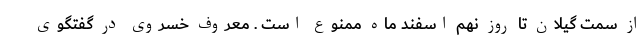
از سمت گیلان تا روز نهم اسفند ماه ممنوع است . معروف خسروی در گفتگوی